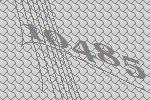
10485